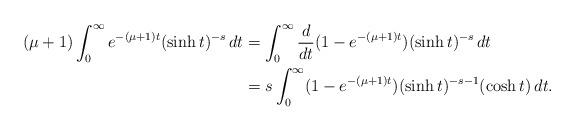
LaTeX: \begin{align*}(\mu+1)\int_0^{\infty}e^{-(\mu+1)t}(\sinh t)^{-s}\,dt&=\int_0^{\infty}\frac{d}{dt}(1-e^{-(\mu+1)t})(\sinh t)^{-s}\,dt\\&=s\int_0^{\infty}(1-e^{-(\mu+1)t})(\sinh t)^{-s-1}(\cosh t)\,dt.\end{align*}